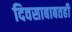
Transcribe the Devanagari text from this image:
दिवसाबाबतही